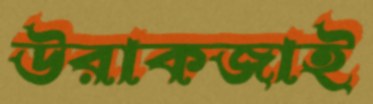
উরাকজাই